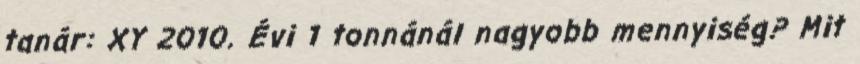
tanár: XY 2010. Évi 1 tonnánál nagyobb mennyiség? Mit